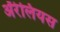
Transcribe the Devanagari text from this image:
ॲरेलियस